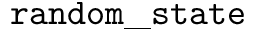
\mathtt { r a n d o m \_ s t a t e }